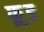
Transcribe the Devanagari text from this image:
फू़्ड